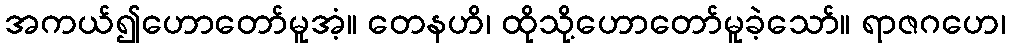
အကယ်၍ဟောတော်မူအံ့။ တေနဟိ၊ ထိုသို့ဟောတော်မူခဲ့သော်။ ရာဇဂဟေ၊